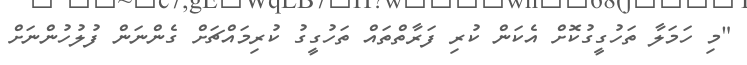
"މި ހަމަލާ ތަހުގީގުކޮށް އެކަން ކުރި ފަރާތްތައް ތަހުގީގު ކުރިމައްޗަށް ގެންނަން ފުލުހުންނަށް